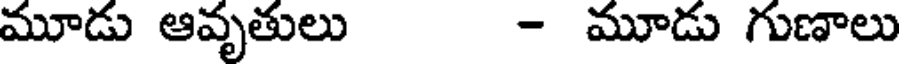
మూడు ఆవృతులు - మూడు గుణాలు